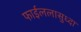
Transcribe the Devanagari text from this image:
फाईललासुध्दा